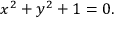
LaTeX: x ^ { 2 } + y ^ { 2 } + 1 = 0 .